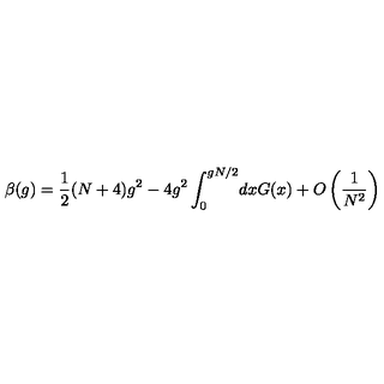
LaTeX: \beta ( g ) = \frac { 1 } { 2 } ( N + 4 ) g ^ { 2 } - 4 g ^ { 2 } \int _ { 0 } ^ { g N / 2 } \! d x G ( x ) + O \left( \frac { 1 } { N ^ { 2 } } \right)